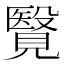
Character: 𧢂